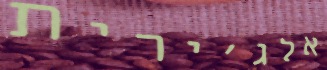
אלג'ירית